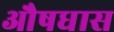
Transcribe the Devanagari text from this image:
औषधास